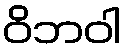
ဝိဘဝါ